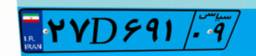
۰۹D۶۵۳۲۱